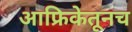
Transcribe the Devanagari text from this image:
आफ्रिकेतूनच